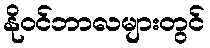
နိုဝင်ဘာလများတွင်